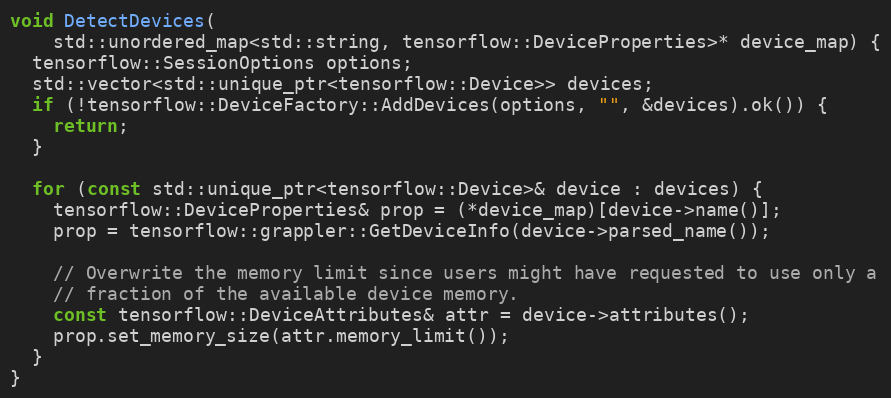
Language: C++
void DetectDevices(
    std::unordered_map<std::string, tensorflow::DeviceProperties>* device_map) {
  tensorflow::SessionOptions options;
  std::vector<std::unique_ptr<tensorflow::Device>> devices;
  if (!tensorflow::DeviceFactory::AddDevices(options, "", &devices).ok()) {
    return;
  }

  for (const std::unique_ptr<tensorflow::Device>& device : devices) {
    tensorflow::DeviceProperties& prop = (*device_map)[device->name()];
    prop = tensorflow::grappler::GetDeviceInfo(device->parsed_name());

    // Overwrite the memory limit since users might have requested to use only a
    // fraction of the available device memory.
    const tensorflow::DeviceAttributes& attr = device->attributes();
    prop.set_memory_size(attr.memory_limit());
  }
}